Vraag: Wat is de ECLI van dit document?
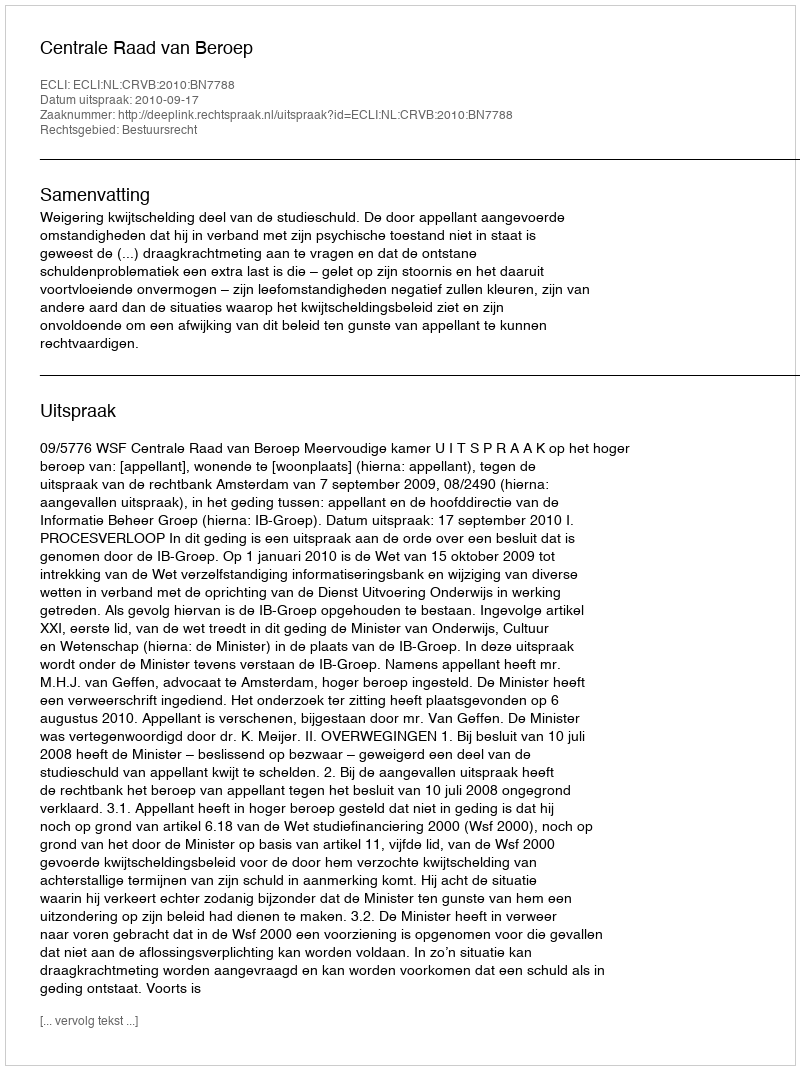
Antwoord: ECLI:NL:CRVB:2010:BN7788